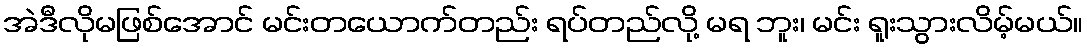
အဲဒီလိုမဖြစ်အောင် မင်းတယောက်တည်း ရပ်တည်လို့ မရ ဘူး၊ မင်း ရူးသွားလိမ့်မယ်။